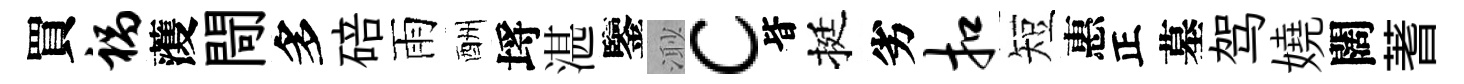
買祸𮑮閜多碚雨酬埓湛鑒𣺌c𣅜挺劣扣短惠正墓驾嬈闊蓍